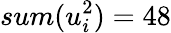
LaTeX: sum(u_{i}^{2})=48